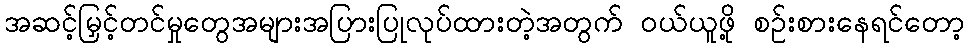
အဆင့်မြှင့်တင်မှုတွေအများအပြားပြုလုပ်ထားတဲ့အတွက် ဝယ်ယူဖို့ စဉ်းစားနေရင်တော့